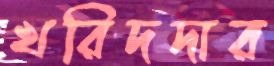
খরিদদার